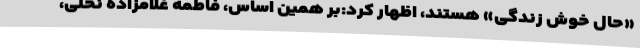
«حال خوش زندگی» هستند، اظهار کرد:بر همین اساس، فاطمه غلامزاده نخلی،